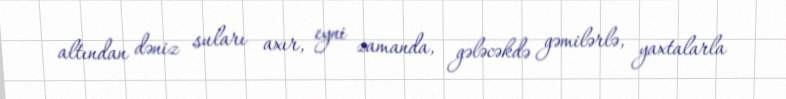
altından dəniz suları axır, eyni zamanda, gələcəkdə gəmilərlə, yaxtalarla